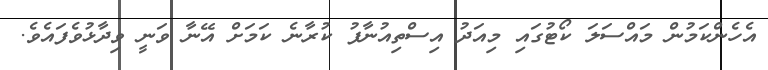
އެހެންކަމުން މައްސަލަ ކޯޓުގައި މިއަދު އިސްތިއުނާފު ކުރާނެ ކަމަށް އޭނާ ވަނީ ވިދާޅުވެފައެވެ.